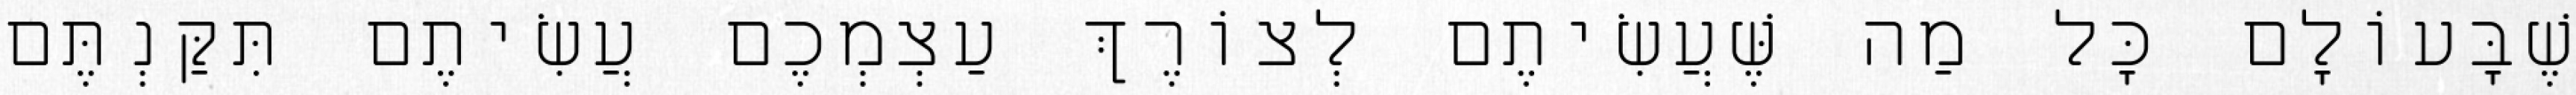
שֶׁבָּעוֹלָם כׇּל מַה שֶּׁעֲשִׂיתֶם לְצוֹרֶךְ עַצְמְכֶם עֲשִׂיתֶם תִּקַּנְתֶּם